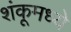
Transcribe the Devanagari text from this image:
शंकूमध्ये